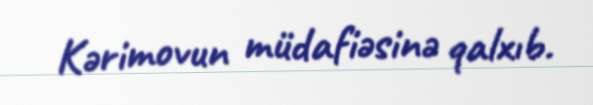
Kərimovun müdafiəsinə qalxıb.